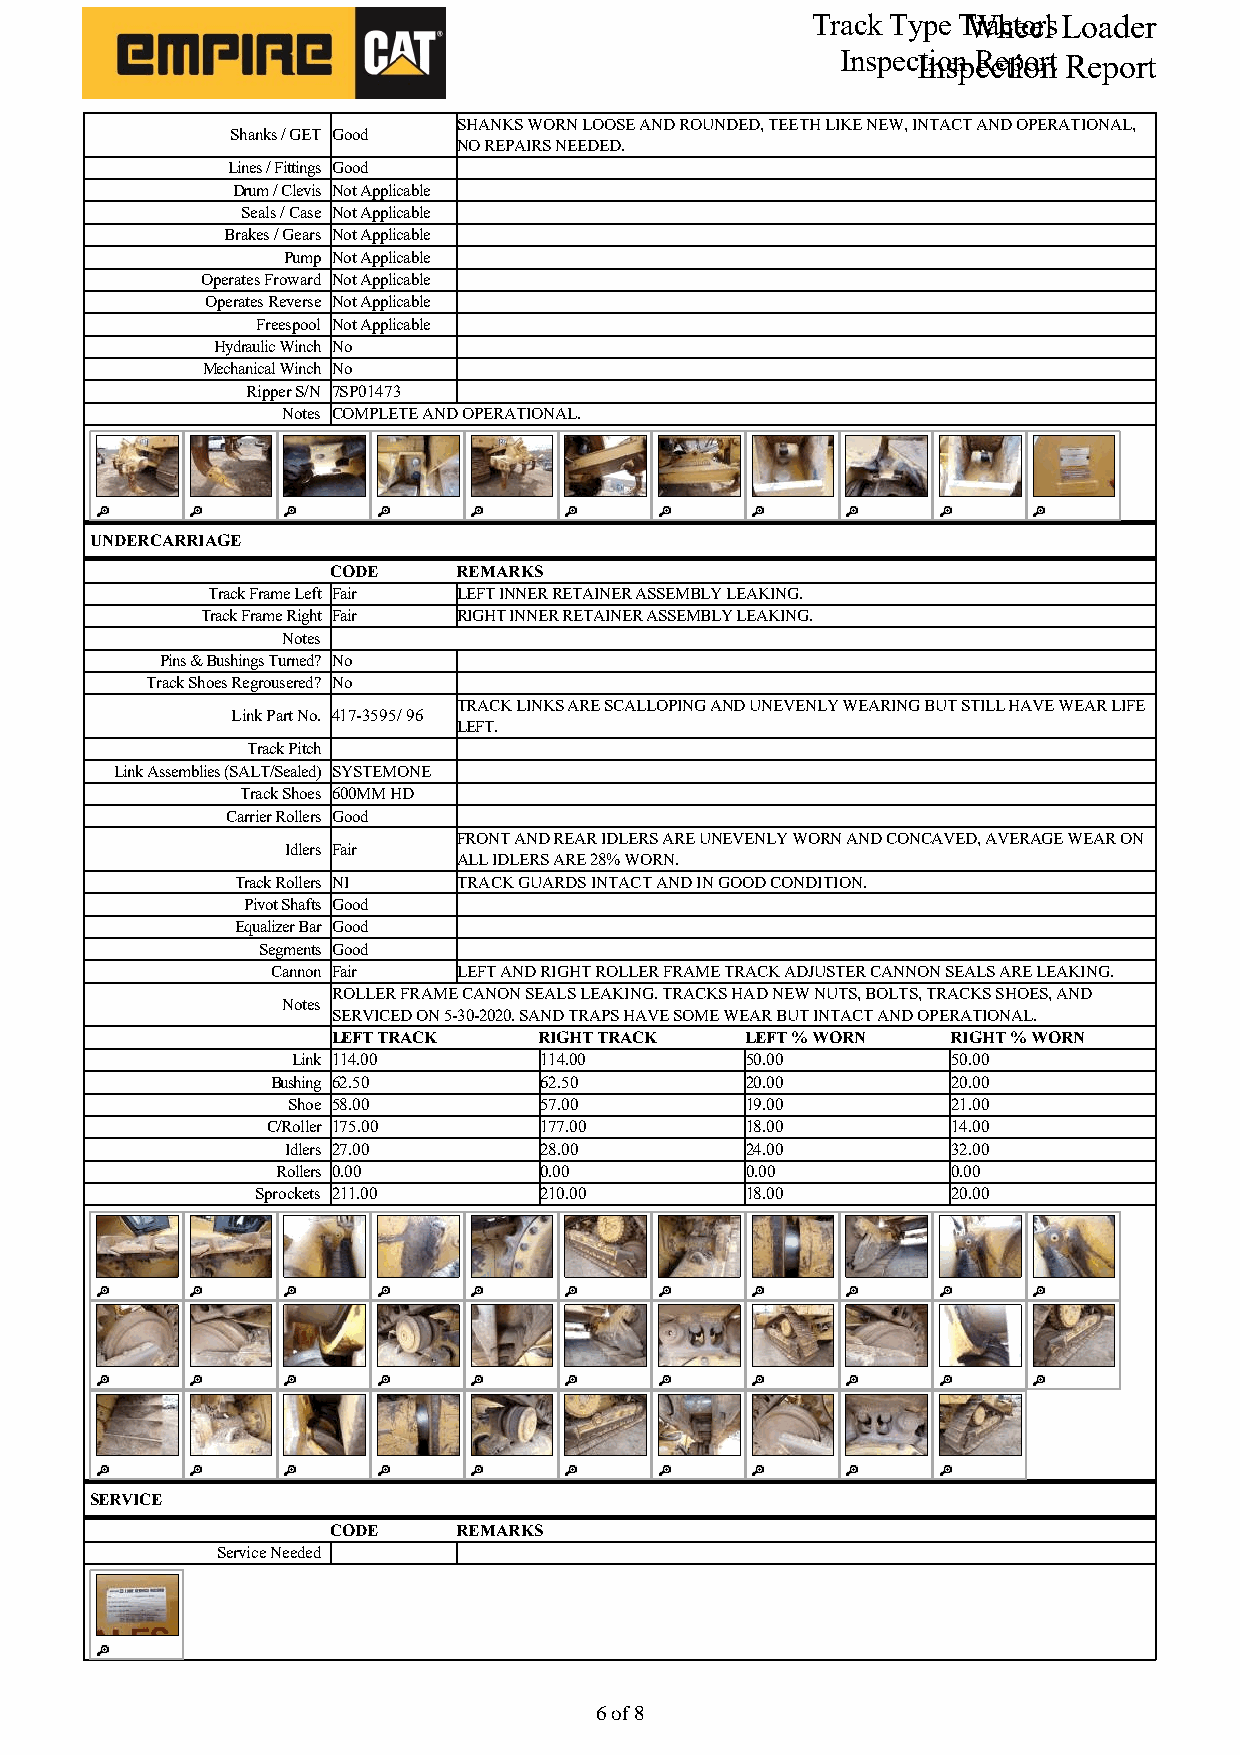
Track Type TWrahcteoerls Loader
 InspecItniosnp Recetpioornt Report
 SHANKS WORN LOOSE AND ROUNDED, TEETH LIKE NEW, INTACT AND OPERATIONAL,
 Shanks / GET Good
 NO REPAIRS NEEDED.
 Lines / Fittings Good
 Drum / Clevis Not Applicable
 Seals / Case Not Applicable
 Brakes / Gears Not Applicable
 Pump Not Applicable
 Operates Froward Not Applicable
 Operates Reverse Not Applicable
 Freespool Not Applicable
 Hydraulic Winch No
 Mechanical Winch No
 Ripper S/N 7SP01473
 Notes COMPLETE AND OPERATIONAL.
 UNDERCARRIAGE
 CODE    REMARKS
 Track Frame Left Fair LEFT INNER RETAINER ASSEMBLY LEAKING.
 Track Frame Right Fair RIGHT INNER RETAINER ASSEMBLY LEAKING.
 Notes
 Pins & Bushings Turned? No
 Track Shoes Regrousered? No
 TRACK LINKS ARE SCALLOPING AND UNEVENLY WEARING BUT STILL HAVE WEAR LIFE
 Link Part No. 417-3595/ 96
 LEFT.
 Track Pitch
 Link Assemblies (SALT/Sealed) SYSTEMONE
 Track Shoes 600MM HD
 Carrier Rollers Good
 FRONT AND REAR IDLERS ARE UNEVENLY WORN AND CONCAVED, AVERAGE WEAR ON
 Idlers Fair
 ALL IDLERS ARE 28% WORN.
 Track Rollers NI TRACK GUARDS INTACT AND IN GOOD CONDITION.
 Pivot Shafts Good
 Equalizer Bar Good
 Segments Good
 Cannon Fair LEFT AND RIGHT ROLLER FRAME TRACK ADJUSTER CANNON SEALS ARE LEAKING.
 ROLLER FRAME CANON SEALS LEAKING. TRACKS HAD NEW NUTS, BOLTS, TRACKS SHOES, AND
 Notes
 SERVICED ON 5-30-2020. SAND TRAPS HAVE SOME WEAR BUT INTACT AND OPERATIONAL.
 LEFT TRACK    RIGHT TRACK  LEFT % WORN   RIGHT % WORN
 Link 114.00      114.00       50.00         50.00
 Bushing 62.50     62.50        20.00         20.00
 Shoe 58.00       57.00        19.00         21.00
 C/Roller 175.00   177.00       18.00         14.00
 Idlers 27.00     28.00        24.00         32.00
 Rollers 0.00      0.00         0.00          0.00
 Sprockets 211.00   210.00       18.00         20.00
 SERVICE
 CODE    REMARKS
 Service Needed
 66 ooff 88